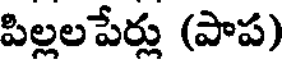
పిల్లలపేర్లు (పాప)